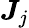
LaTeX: {\boldsymbol{J}}_{j}